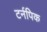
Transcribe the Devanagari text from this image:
टर्नपिक